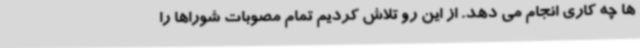
ها چه کاری انجام می دهد. از این رو تلاش کردیم تمام مصوبات شوراها را